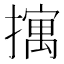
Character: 𫾆